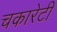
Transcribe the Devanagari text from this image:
चकारेटी